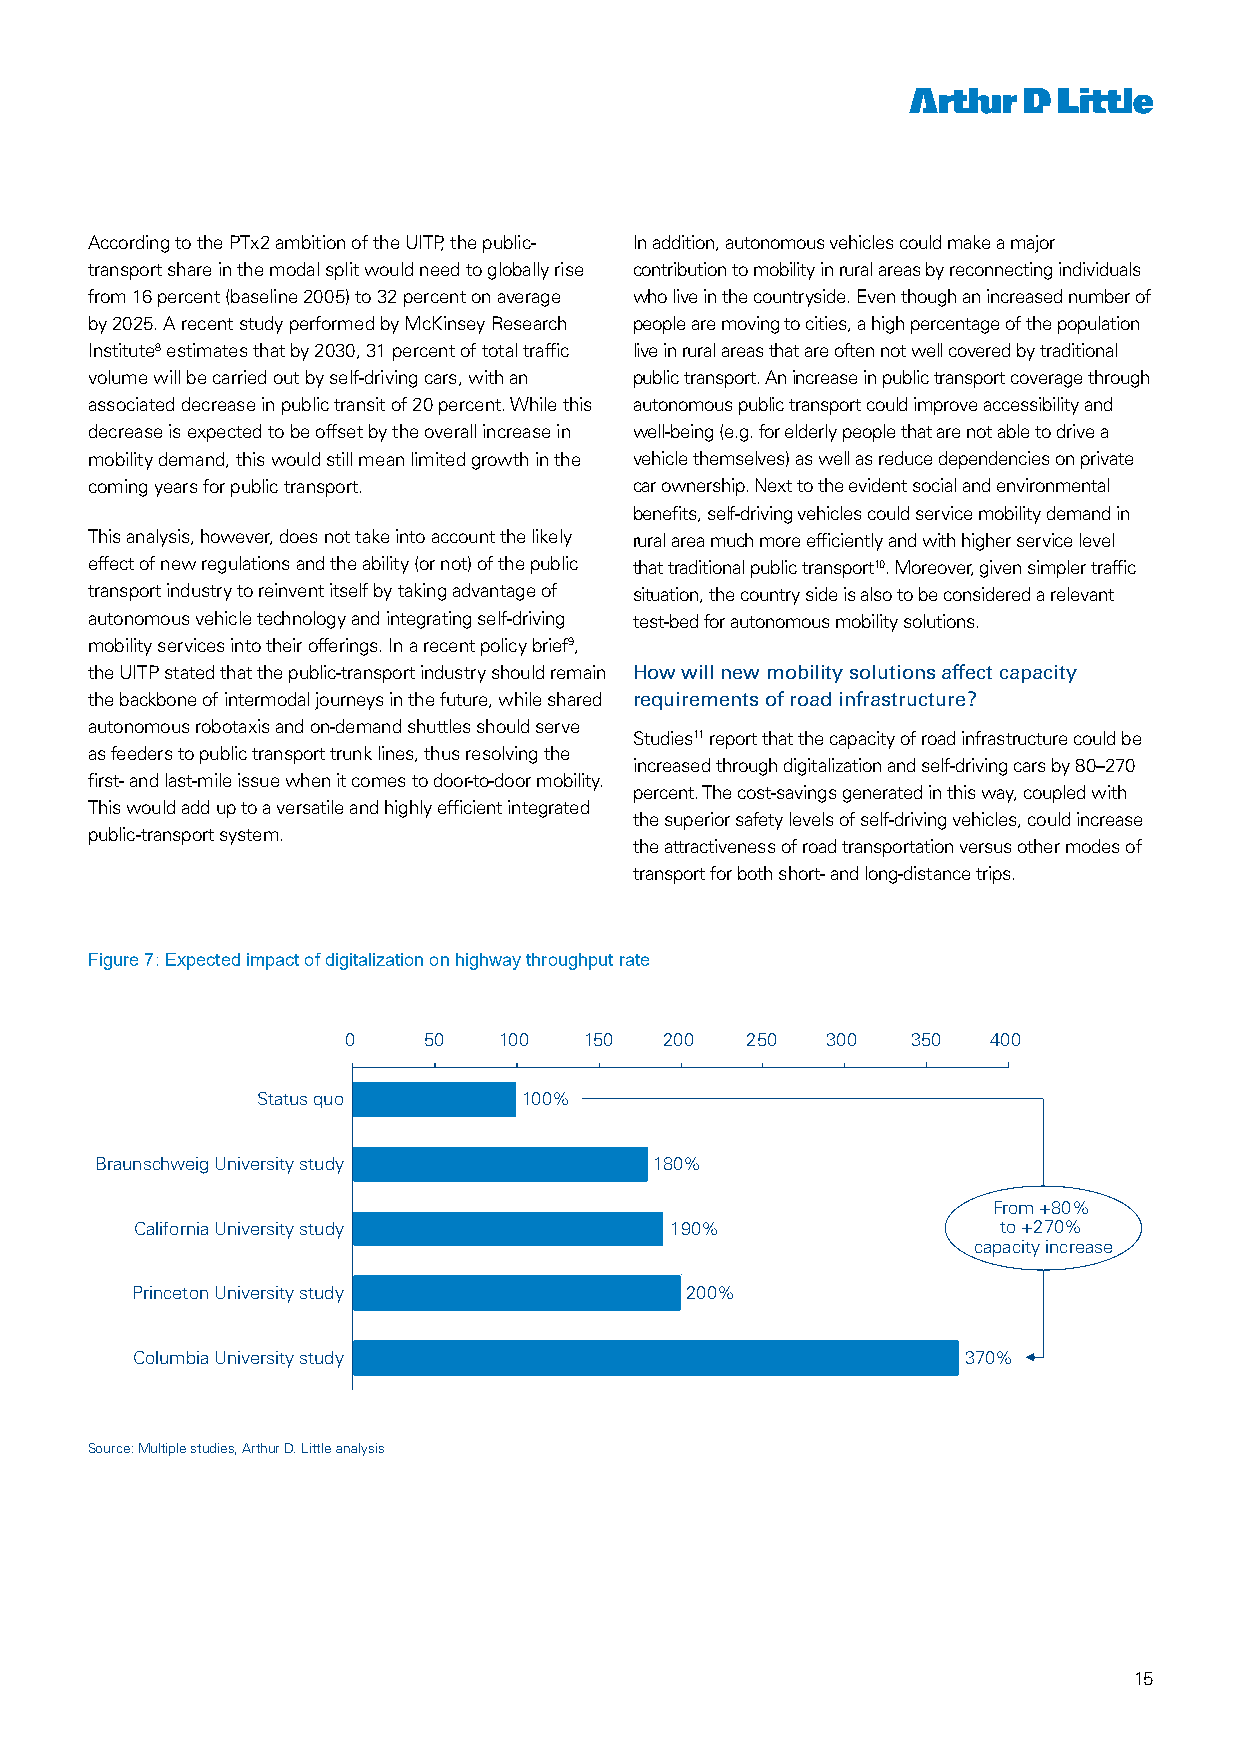
According to the PTx2 ambition of the UITP, the public- In addition, autonomous vehicles could make a major
 transport share in the modal split would need to globally rise contribution to mobility in rural areas by reconnecting individuals
 from 16 percent (baseline 2005) to 32 percent on average who live in the countryside. Even though an increased number of
 by 2025. A recent study performed by McKinsey Research people are moving to cities, a high percentage of the population
 Institute8 estimates that by 2030, 31 percent of total traffic live in rural areas that are often not well covered by traditional
 volume will be carried out by self-driving cars, with an public transport. An increase in public transport coverage through
 associated decrease in public transit of 20 percent. While this autonomous public transport could improve accessibility and
 decrease is expected to be offset by the overall increase in well-being (e.g. for elderly people that are not able to drive a
 mobility demand, this would still mean limited growth in the vehicle themselves) as well as reduce dependencies on private
 coming years for public transport.  car ownership. Next to the evident social and environmental
 benefits, self-driving vehicles could service mobility demand in
 This analysis, however, does not take into account the likely rural area much more efficiently and with higher service level
 effect of new regulations and the ability (or not) of the public that traditional public transport10. Moreover, given simpler traffic
 transport industry to reinvent itself by taking advantage of situation, the country side is also to be considered a relevant
 autonomous vehicle technology and integrating self-driving test-bed for autonomous mobility solutions.
 mobility services into their offerings. In a recent policy brief9,
 the UITP stated that the public-transport industry should remain How will new mobility solutions affect capacity
 the backbone of intermodal journeys in the future, while shared requirements of road infrastructure?
 autonomous robotaxis and on-demand shuttles should serve
 Studies11 report that the capacity of road infrastructure could be
 as feeders to public transport trunk lines, thus resolving the
 increased through digitalization and self-driving cars by 80–270
 first- and last-mile issue when it comes to door-to-door mobility.
 percent. The cost-savings generated in this way, coupled with
 This would add up to a versatile and highly efficient integrated
 the superior safety levels of self-driving vehicles, could increase
 public-transport system.
 the attractiveness of road transportation versus other modes of
 transport for both short- and long-distance trips.
 Figure 7: Expected impact of digitalization on highway throughput rate
 0    50   100   150  200  250   300  350   400
 Status quo        100%
 Braunschweig University study        180%
 From +80%
 California University study        190%                  to +270%
 capacity increase
 Princeton University study          200%
 Columbia University study                              370%
 Source: Multiple studies, Arthur D. Little analysis
 15
 7